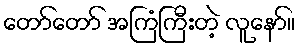
တော်တော် အကြံကြီးတဲ့ လူနော်။